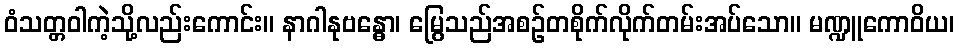
ဝံသတ္တဝါကဲ့သို့လည်းကောင်း။ နာဂါနုဗန္ဓော၊ မြွေသည်အစဉ်တစိုက်လိုက်တမ်းအပ်သော။ မဏ္ဍူကောဝိယ၊